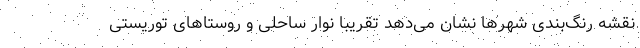
نقشه رنگ‌بندی شهرها نشان می‌دهد تقریبا نوار ساحلی و روستاهای توریستی